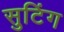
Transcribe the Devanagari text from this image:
सुटिंग